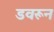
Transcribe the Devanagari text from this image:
डवरून